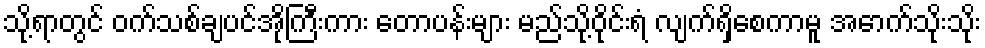
သို့ရာတွင် ဝက်သစ်ချပင်အိုကြီးကား တောပန်းများ မည်သို့ဝိုင်းရံ လျက်ရှိစေကာမူ အောက်သိုးသိုး